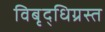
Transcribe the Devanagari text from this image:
विबृद्धिग्रस्त